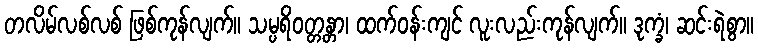
တလိမ်လစ်လစ် ဖြစ်ကုန်လျက်။ သမ္ပရိဝတ္တန္တာ၊ ထက်ဝန်းကျင် လူးလည်းကုန်လျက်။ ဒုက္ခံ၊ ဆင်းရဲစွာ။